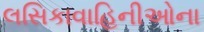
લસિકાવાહિનીઓના